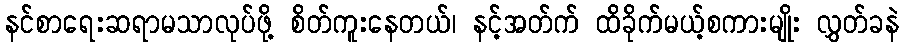
နင်စာရေးဆရာမသာလုပ်ဖို့ စိတ်ကူးနေတယ်၊ နင့်အတ်က် ထိခိုက်မယ့်စကားမျိုး လွှတ်ခနဲ